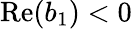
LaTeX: \mathrm{Re}(b_{1})<0